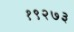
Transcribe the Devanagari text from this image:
१९२७३